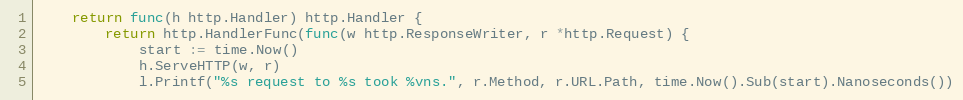
Language: Go
	return func(h http.Handler) http.Handler {
		return http.HandlerFunc(func(w http.ResponseWriter, r *http.Request) {
			start := time.Now()
			h.ServeHTTP(w, r)
			l.Printf("%s request to %s took %vns.", r.Method, r.URL.Path, time.Now().Sub(start).Nanoseconds())